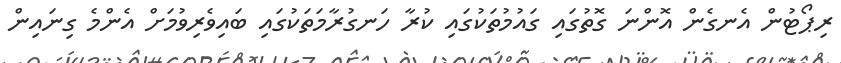
ރިޕޯޓުން އެނގެން އޮންނަ ގޮތުގައި ގައުމުތަކުގައި ކުރާ ހަނގުރާމަތަކުގައި ބައިވެރިވުމަށް އެންމެ ގިނައިން